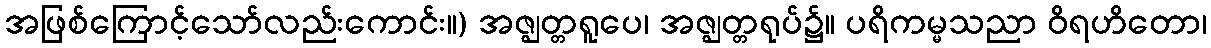
အဖြစ်ကြောင့်သော်လည်းကောင်း။) အဇ္ဈတ္တရူပေ၊ အဇ္ဈတ္တရုပ်၌။ ပရိကမ္မသညာ ဝိရဟိတော၊